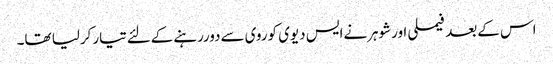
اس کےبعد فیملی اورشوہرنےایس دیوی کوروی سےدوررہنےکےلئےتیارکرلیا تھا۔